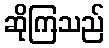
ဆိုကြသည်